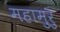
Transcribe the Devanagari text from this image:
महामुरु